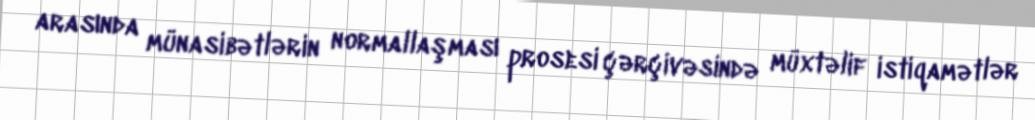
arasında münasibətlərin normallaşması prosesi çərçivəsində müxtəlif istiqamətlər